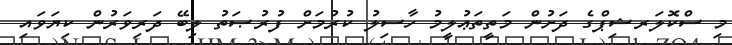
މި ސްކޮލަރޝިޕްގެ ދަށުން މަތީތަޢުލީމު ހާސިލު ކުރުމަށް ފުރުޞަތު ލިބޭ ދަރިވަރުން ކިޔަވައި